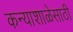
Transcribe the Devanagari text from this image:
कन्याशाळेसाठी